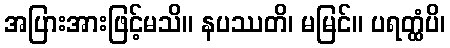
အပြားအားဖြင့်မသိ။ နပဿတိ၊ မမြင်။ ပရတ္ထံပိ၊